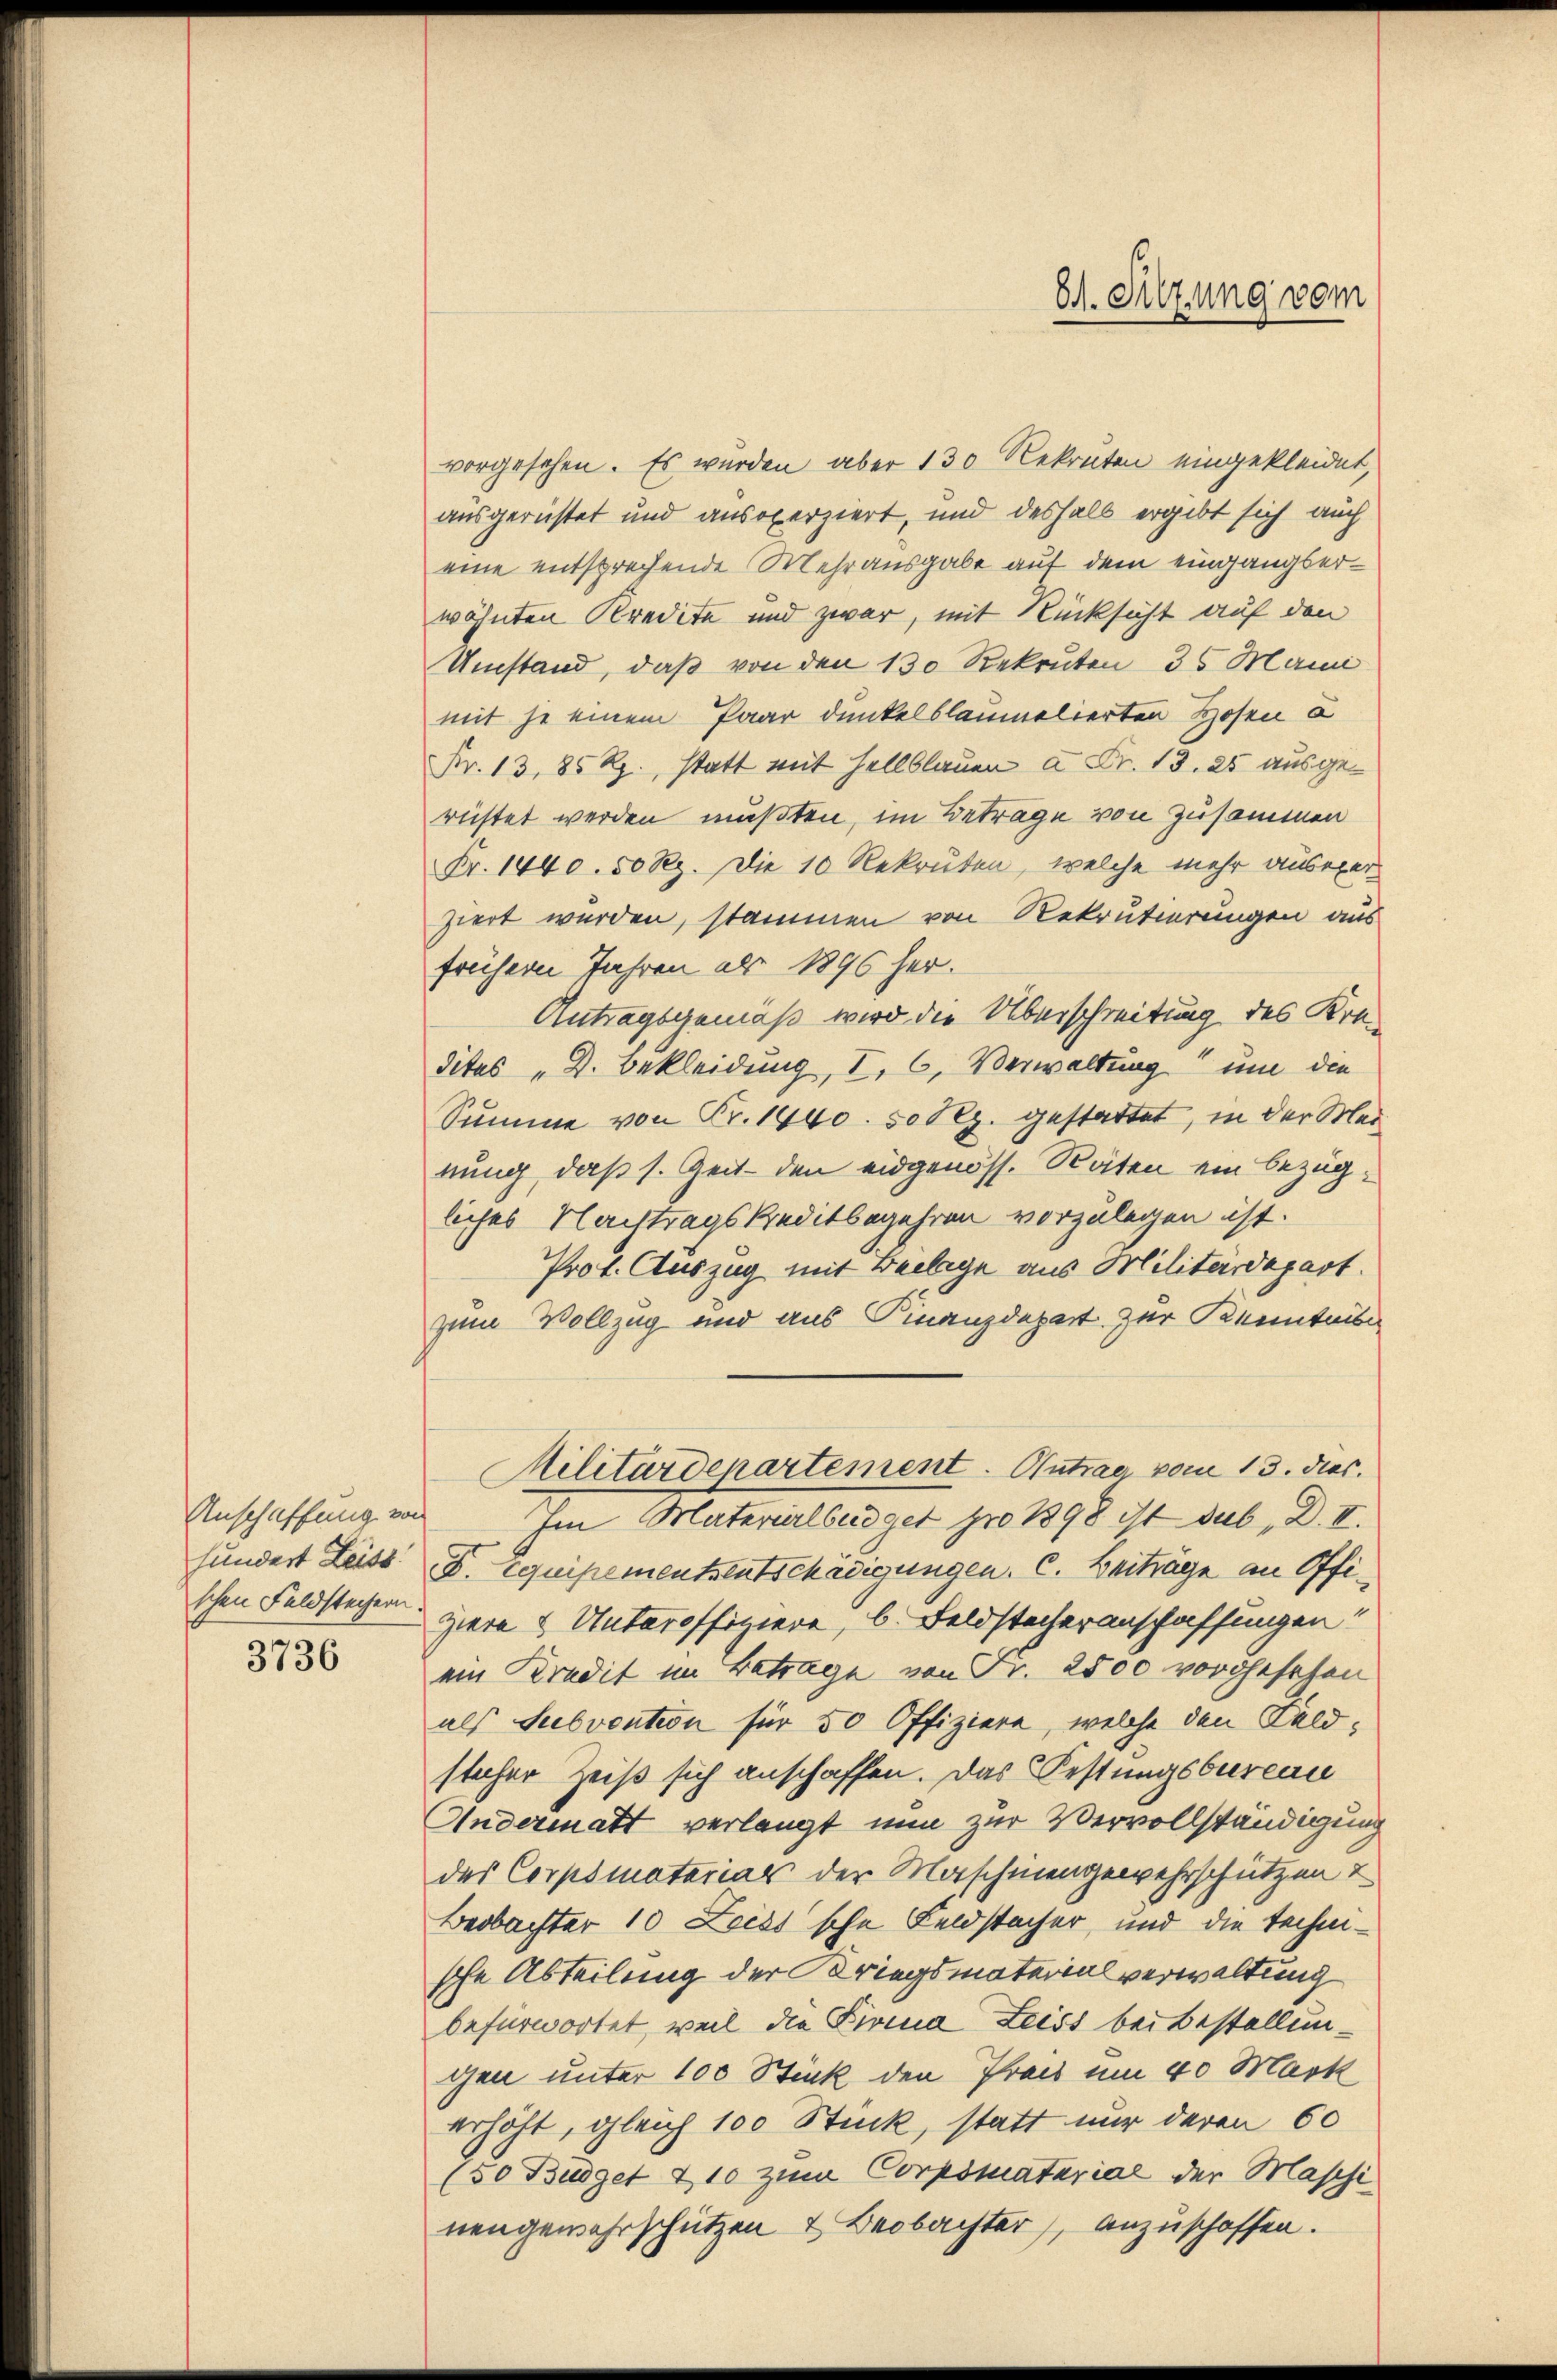
Anschaffung von
3736

8. Setzung vom

vorgesehen. Es wurden aber 130 Rekruten eingekleidet,
ausgerichtet und ansoperziert, und deshalb ergibt sich auch
eine entsprechende Mehrausgabe auf dem eingangserwähnten Kredite und zwar, mit Rücksicht auf den
Umstand, daß von den 130 Rekruten 35 Mann
mit je einem Paar dunkelblaumelierten Hosen a
Fr. 13, 85 Rp., statt mit Hellblauen à Fr. 13. 25 ausgerichtet werden mußten, im Betrage von Zusammen
Fr. 1440. 50 Rp. Die 10 Rekruten, welche mehr ausexer
ziert werden, stammen von Rekrutierungen aus
frühern Jahren als 1896 her¬
Antragsgemäß wird die Überschreitung des Kredites "D. Bekleidung, I, 6, Verwaltung und die
Summe von Fr. 1440. 50 Pez. gestattet, in der Marnung, daß s. Zeit den eidgenöss. Räten ein bezügliches Nachtragskreditbegehren vorzulegen ist.
Prof. Auszug mit Beilage aus Militärdepart.
zum Vollzug und aus Finanzdepart zur Kenntnis
Militärdepartement. Antraer vom 13. dies
Im Materialbüdget pro 1898 ist sub, D. II.
hundert Leist" F. Equipementsentschädigungen. C. Beiträge an Offischen Feldstagen. Hiern & Unteroffiziere, b. Feldstecheranschaffungen
ein Kredit im Betrage von Fr. 2500 vorgesehen
als Subvention für 50 Offiziere, welche den Feldsticher Zeit sich anschaffen. Das Festungsbureau
Andermatt verlangt nun zur Vervollständigung
des Corpsmaterial der Maschinengewehrschützen u
Beobachter 10 Leibs'sche Feldstacher, und die technische Abteilung der Kriegsmaterialverwaltung
befürwortet, weil die Firina Leiss bei Bestellungen unter 100 Stück den Prads um 40 Mark
erhöht, gleich 100 Stück, statt nur deren 60
(50 Büdget & 10 zum Corpsmaterial der Maschi
nengewahrschützen & Beobachter), anzuschaffen.